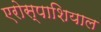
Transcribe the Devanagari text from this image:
एरोस्पाशियाल